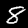
Digit: 8